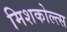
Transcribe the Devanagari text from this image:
मिशकोल्त्स